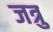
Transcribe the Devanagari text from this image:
जत्रु